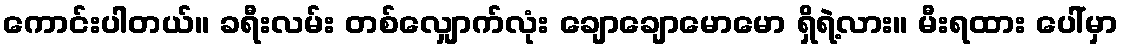
ကောင်းပါတယ်။ ခရီးလမ်း တစ်လျှောက်လုံး ချောချောမောမော ရှိရဲ့လား။ မီးရထား ပေါ်မှာ